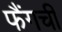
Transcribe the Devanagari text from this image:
फैंगची